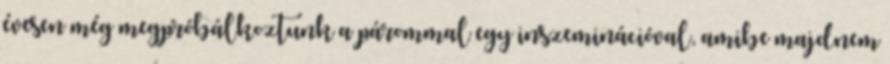
évesen még megpróbálkoztunk a párommal egy inszeminációval, amibe majdnem